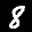
Label: 8